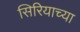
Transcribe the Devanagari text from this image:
सिरियाच्या